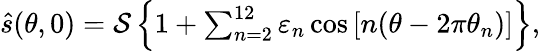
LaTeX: \begin{array}{r}{\hat{s}(\theta,0)=\mathcal{S}\left\{ 1+\sum_{n=2}^{12}\varepsilon_{n}\cos\left[n(\theta-2\pi\theta_{n})\right]\right\} ,}\end{array}